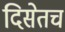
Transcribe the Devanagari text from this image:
दिसेतच